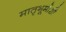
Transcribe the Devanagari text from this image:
मातृभूमीशी